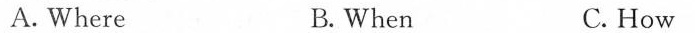
A. Where B. When C. How